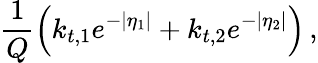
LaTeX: \frac{1}{Q}\left(k_{t,1}e^{-|\eta_{1}|}+k_{t,2}e^{-|\eta_{2}|}\right)\, ,